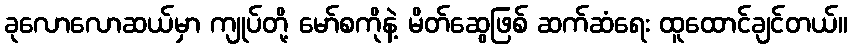
ခုလောလောဆယ်မှာ ကျုပ်တို့ မော်စကိုနဲ့ မိတ်ဆွေဖြစ် ဆက်ဆံရေး ထူထောင်ချင်တယ်။